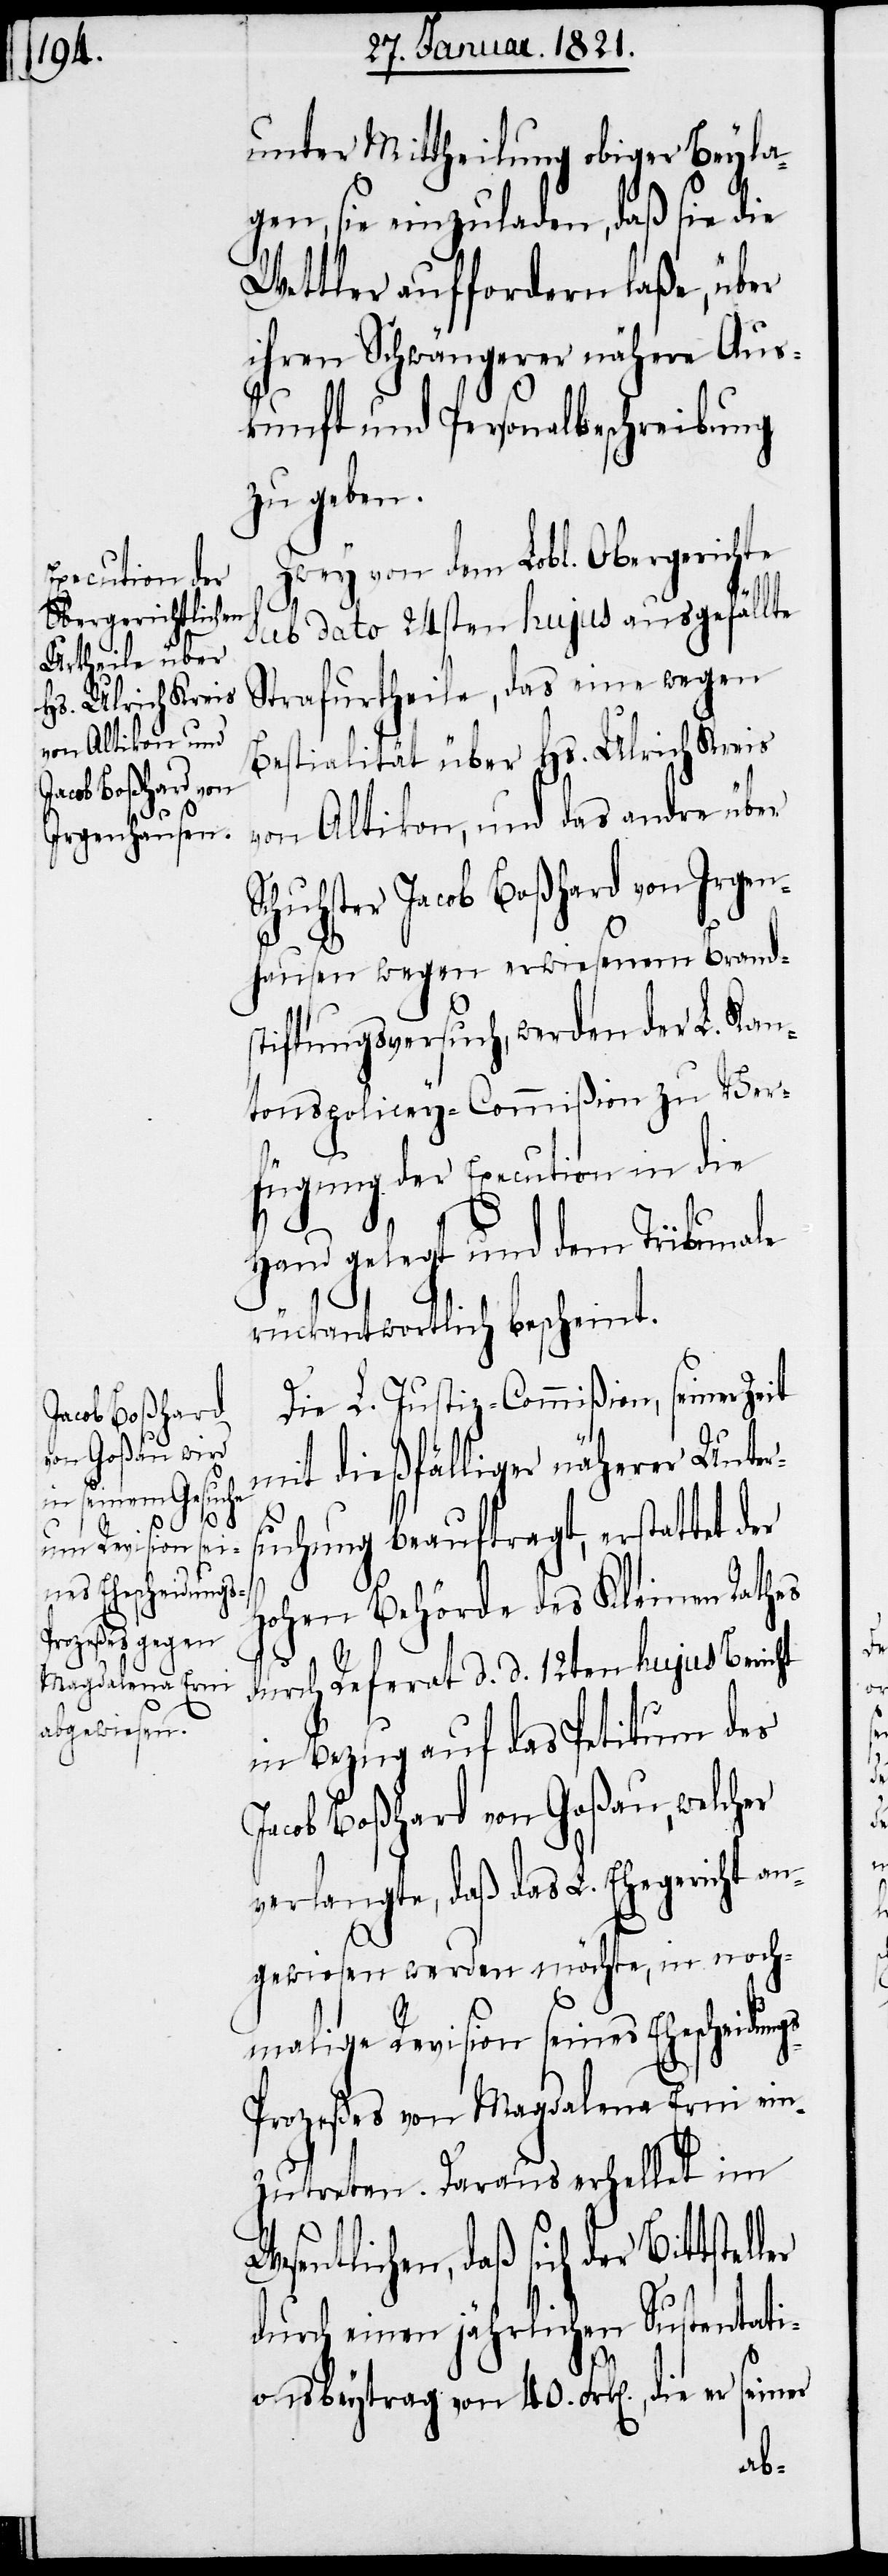
unter Mittheilung obiger Beyla¬
gen, sie einzuladen, daß sie die
Wettler auffordern laße, über
ihren Schwängerer nähere Aus¬
kunft und Personalbeschreibung
zu geben.
Zwey von dem Lobl. Obergerichte
sub dato 24sten hujus ausgefällte
Strafurtheile, das eine wegen
Bestialität über Hs. Ulrich Kreis
Wesentlichen,
von Altikon, und das und andre
Schuhster Jacob Boßhard von Irgen¬
hausen wegen erwiesenem Brand¬
stiftungsversuch, werden der L. Kan¬
tonspolicey-Commißion zu Ver¬
fügung der Execution in die
Hand gelegt und dem Tribunale
rückantwortlich bescheint.
Die L. Justiz-Commißion, seiner Zeit
mit dießfälliger näherer Unter¬
s-P¬
suchung beauftragt, erstattet der
hohen Behörde des Kleinen Rathes
durch Referat d. d. 12ten hujus Bericht
in Bezug auf das Petitum des
Jacob Boßhard von Goßau, welcher
verlangte, daß das L. Ehegericht an¬
gewiesen werden möchte, in noch¬
malige Revision seines Ehescheidung¬
rozeßes von Magdalena Erni ein¬
zutreten. Daraus erhellet im
daß sich der Bittstel¬
durch einen jährlichen Sustentati¬
ler
onsbeytrag von 40. Frk[en]., die er